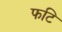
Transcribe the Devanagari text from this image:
फटि